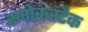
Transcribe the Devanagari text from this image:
स्मोकस्टैक